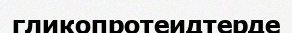
гликопротеидтерде